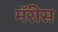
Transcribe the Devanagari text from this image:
मॅरीस